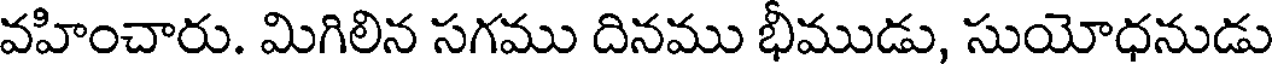
వహించారు. మిగిలిన సగము దినము భీముడు, సుయోధనుడు